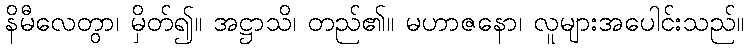
နိမီလေတွာ၊ မှိတ်၍။ အဋ္ဌာသိ၊ တည်၏။ မဟာဇနော၊ လူများအပေါင်းသည်။